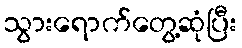
သွားရောက်တွေ့ဆုံပြီး